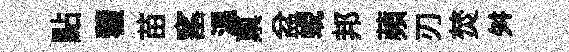
點藿苗窰温禀盆蜺邦蘋刃焚舛